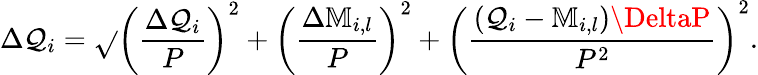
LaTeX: \Delta\mathcal{Q}_{i}=\sqrt{}{{\left(\frac{{\Delta\mathbb{{\mathcal{Q}}}_{i}}}{{P}}\right)^{2}+\left(\frac{{\Delta\mathbb{{M}}_{i,l}}}{{P}}\right)^{2}+\left(\frac{{\left(\mathbb{{\mathcal{Q}}}_{i}-\mathbb{{M}}_{i,l}\right)\DeltaP}}{{P^{2}}}\right)^{2}}}.